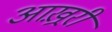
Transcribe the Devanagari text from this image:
आख़्ररी